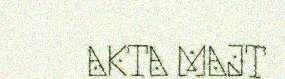
AKTA MAJT